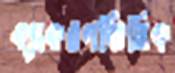
ব্যাকরণভিত্তিক